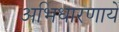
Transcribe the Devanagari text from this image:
अभिधारणायें